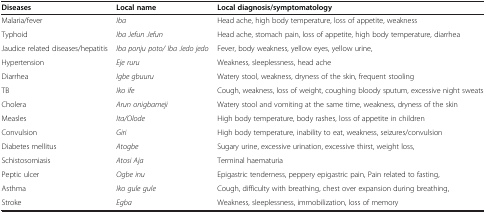
<table><thead><tr><td><b>Diseases</b></td><td><b>Local name</b></td><td><b>Local diagnosis/symptomatology</b></td></tr></thead><tbody><tr><td>Malaria/fever</td><td><i>Iba</i></td><td>Head ache, high body temperature, loss of appetite, weakness</td></tr><tr><td>Typhoid</td><td><i>Iba Jefun Jefun</i></td><td>Head ache, stomach pain, loss of appetite, high body temperature, diarrhea</td></tr><tr><td>Jaudice related diseases/hepatitis</td><td><i>Iba ponju poto/ Iba Jedo jedo</i></td><td>Fever, body weakness, yellow eyes, yellow urine,</td></tr><tr><td>Hypertension</td><td><i>Eje ruru</i></td><td>Weakness, sleeplessness, head ache</td></tr><tr><td>Diarrhea</td><td><i>Igbe gbuuru</i></td><td>Watery stool, weakness, dryness of the skin, frequent stooling</td></tr><tr><td>TB</td><td><i>Iko ife</i></td><td>Cough, weakness, loss of weight, coughing bloody sputum, excessive night sweats</td></tr><tr><td>Cholera</td><td><i>Arun onigbameji</i></td><td>Watery stool and vomiting at the same time, weakness, dryness of the skin</td></tr><tr><td>Measles</td><td><i>Ita/Olode</i></td><td>High body temperature, body rashes, loss of appetite in children</td></tr><tr><td>Convulsion</td><td><i>Giri</i></td><td>High body temperature, inability to eat, weakness, seizures/convulsion</td></tr><tr><td>Diabetes mellitus</td><td><i>Atogbe</i></td><td>Sugary urine, excessive urination, excessive thirst, weight loss,</td></tr><tr><td>Schistosomiasis</td><td><i>Atosi Aja</i></td><td>Terminal haematuria</td></tr><tr><td>Peptic ulcer</td><td><i>Ogbe inu</i></td><td>Epigastric tenderness, peppery epigastric pain, Pain related to fasting,</td></tr><tr><td>Asthma</td><td><i>Iko gule gule</i></td><td>Cough, difficulty with breathing, chest over expansion during breathing,</td></tr><tr><td>Stroke</td><td><i>Egba</i></td><td>Weakness, sleeplessness, immobilization, loss of memory</td></tr></tbody></table>